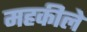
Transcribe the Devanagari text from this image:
महकीले